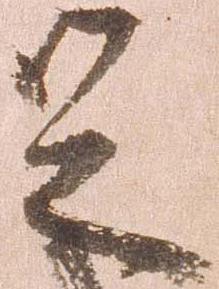
足